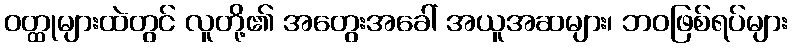
ဝတ္ထုများထဲတွင် လူတို့၏ အတွေးအခေါ် အယူအဆများ၊ ဘဝဖြစ်ရပ်များ